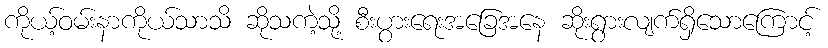
ကိုယ့်ဝမ်းနာကိုယ်သာသိ ဆိုသကဲ့သို့ စီးပွားရေးအခြေအနေ ဆိုးရွားလျက်ရှိသောကြောင့်